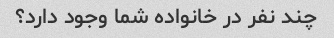
چند نفر در خانواده شما وجود دارد؟